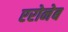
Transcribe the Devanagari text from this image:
एरोनेब